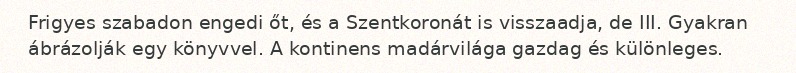
Frigyes szabadon engedi őt, és a Szentkoronát is visszaadja, de III. Gyakran ábrázolják egy könyvvel. A kontinens madárvilága gazdag és különleges.